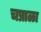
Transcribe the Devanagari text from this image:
चप्राळा